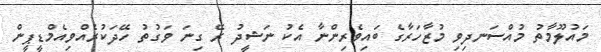
މައުލޫމާތު މުއްސަނދިވި މުޒާހަރާގެ ބައިވެރިންނާ އެކު ނަޝީދު ރޭ ގިނަ ވަގުތު ހޭދަކުރެއްވިއެމްޑީޕީން